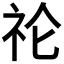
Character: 𮵙